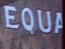
EQUA